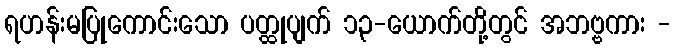
ရဟန်းမပြုကောင်းသော ပတ္ထုပျက် ၁၃-ယောက်တို့တွင် အဘဗ္ဗကား -